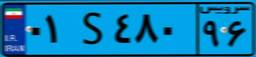
۰۱S۴۸۰۹۶